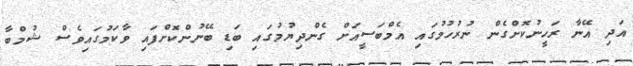
އަދި އޭނާ ރަހީނުކޮށްގެން ނުރުހުމުގައި އެމްބަސީއަށް ގެންދިޔުމުގައި ބަޑި ބޭނުންކޮށްފައި ވާކަމުގައިވެސް ޝުމްބާ